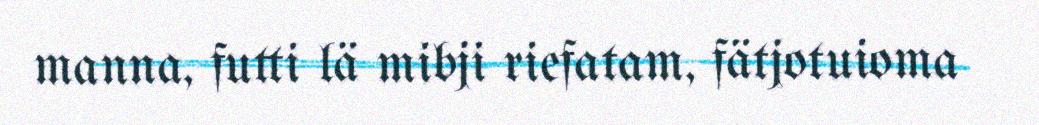
manna, futti lä mibji riefatam, fätjotuioma